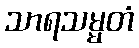
သာရသမ္မတံ